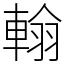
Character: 𨌺